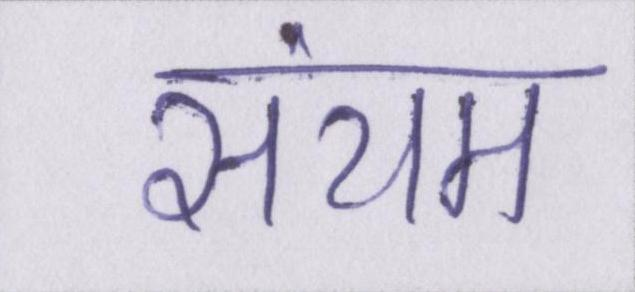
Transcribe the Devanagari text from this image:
संयम